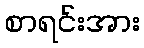
စာရင်းအား